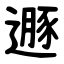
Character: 遯